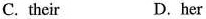
C. their D.her